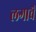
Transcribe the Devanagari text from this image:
लगावैं